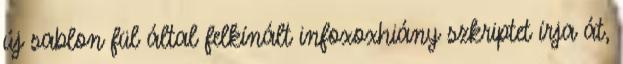
új sablon fül által felkínált infoxoxhiány szkriptet írja át,